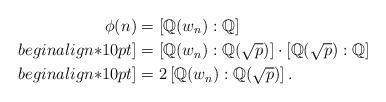
LaTeX: \begin{align*}\phi(n)&=\left[ \mathbb Q(w_n): \mathbb Q\right]\\begin{align*}10pt]&=\left[ \mathbb Q(w_n): \mathbb Q(\sqrt{p})\right]\cdot \left[ \mathbb Q(\sqrt{p}): \mathbb Q\right]\\begin{align*}10pt]&=2\left[ \mathbb Q(w_n): \mathbb Q(\sqrt{p})\right].\end{align*}